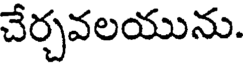
చేర్చవలయును.